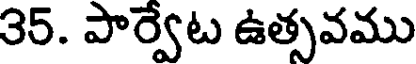
35. పార్వేట ఉత్సవము